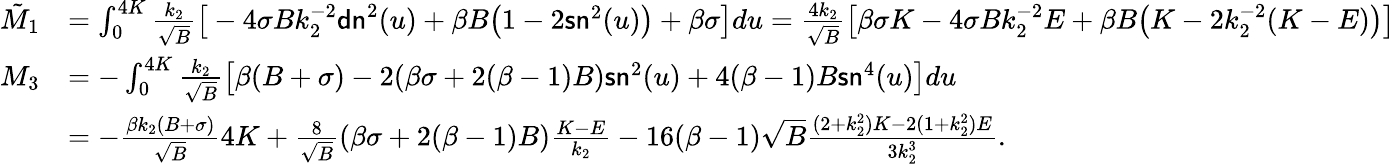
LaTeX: \begin{array}{rl}{\tilde{M}_{1}}&{=\int_{0}^{4K}\frac{k_{2}}{\sqrt{B}}\big[-4\sigma Bk_{2}^{-2}\mathsf{dn}^{2}(u)+\beta B\big(1-2\mathsf{sn}^{2}(u)\big)+\beta\sigma\big]du=\frac{4k_{2}}{\sqrt{B}}\big[\beta\sigma K-4\sigma Bk_{2}^{-2}E+\beta B\big(K-2k_{2}^{-2}(K-E)\big)\big]}\\ {M_{3}}&{=-\int_{0}^{4K}\frac{k_{2}}{\sqrt{B}}\big[\beta(B+\sigma)-2(\beta\sigma+2(\beta-1)B)\mathsf{sn}^{2}(u)+4(\beta-1)B\mathsf{sn}^{4}(u)\big]du}\\ &{=-\frac{\beta k_{2}(B+\sigma)}{\sqrt{B}}4K+\frac{8}{\sqrt{B}}(\beta\sigma+2(\beta-1)B)\frac{K-E}{k_{2}}-16(\beta-1)\sqrt{B}\frac{(2+k_{2}^{2})K-2(1+k_{2}^{2})E}{3k_{2}^{3}}.}\end{array}